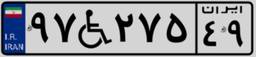
۹۶W۱۹۴۰۵